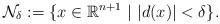
LaTeX: \begin{align*} \mathcal{N}_\delta := \{ x \in \mathbb{R}^{n+1} ~|~ |d(x)| < \delta \}.\end{align*}